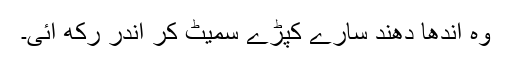
وہ اندھا دھند سارے کپڑے سمیٹ کر اندر رکھ آئی۔